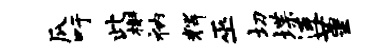
瓜吁此槲衲辉巫切堞连堇